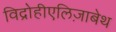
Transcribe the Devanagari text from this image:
विद्रोहीएलिज़ाबेथ